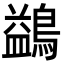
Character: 鷁